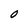
Character: 0